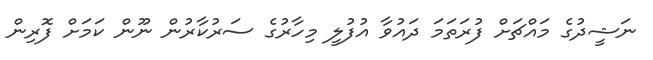
ނަޝީދުގެ މައްޗަށް ފުރަތަމަ ދައުވާ އުފުލީ މިހާރުގެ ސަރުކާރުން ނޫން ކަމަށް ފޮރިން